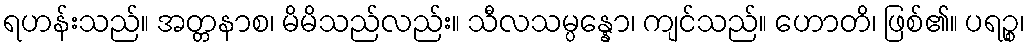
ရဟန်းသည်။ အတ္တနာစ၊ မိမိသည်လည်း။ သီလသမ္ပန္နော၊ ကျင်သည်။ ဟောတိ၊ ဖြစ်၏။ ပရဉ္စ၊